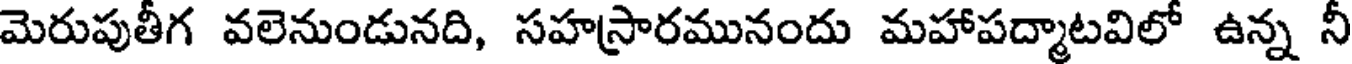
మెరుపుతీగ వలెనుండునది, సహస్రారమునందు మహాపద్మాటవిలో ఉన్న నీ